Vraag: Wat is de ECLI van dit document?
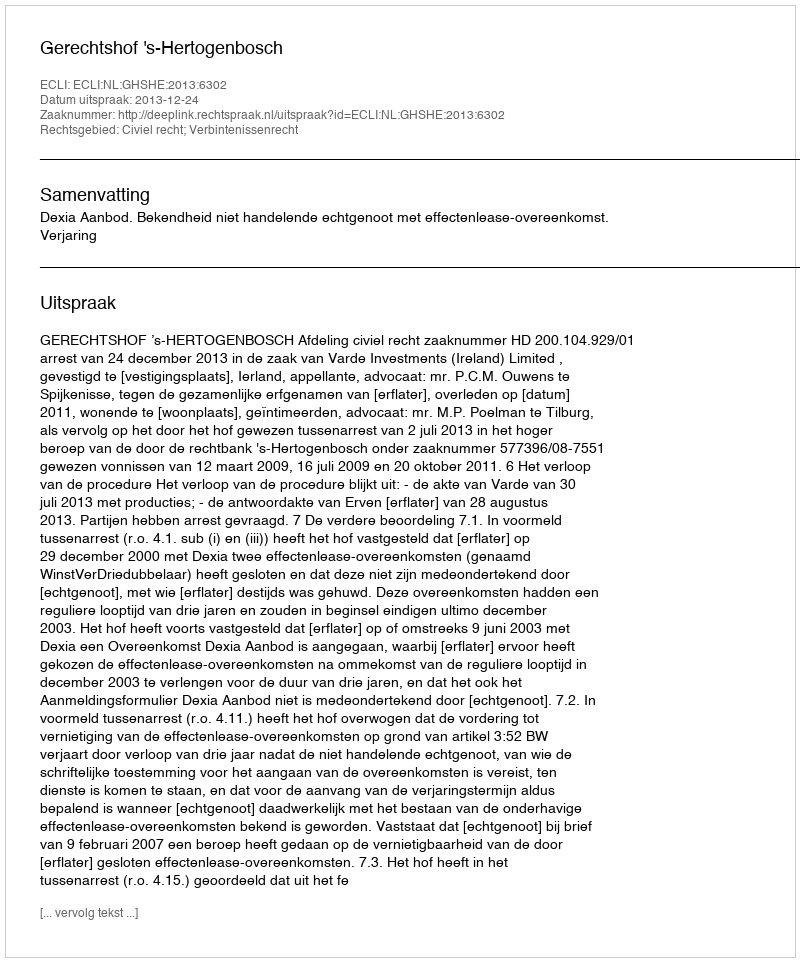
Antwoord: ECLI:NL:GHSHE:2013:6302